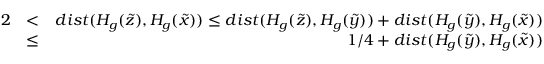
\begin{array} { r l r } { 2 } & { < } & { d i s t ( H _ { g } ( \widetilde { z } ) , H _ { g } ( \widetilde { x } ) ) \leq d i s t ( H _ { g } ( \widetilde { z } ) , H _ { g } ( \widetilde { y } ) ) + d i s t ( H _ { g } ( \widetilde { y } ) , H _ { g } ( \widetilde { x } ) ) } \\ & { \leq } & { 1 / 4 + d i s t ( H _ { g } ( \widetilde { y } ) , H _ { g } ( \widetilde { x } ) ) } \end{array}